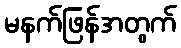
မနက်ဖြန်အတွက်